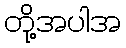
တို့အပါအ